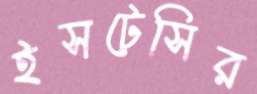
ইসটেসির